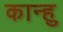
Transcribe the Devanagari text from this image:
कान्हु